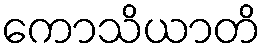
ကောသိယာတိ